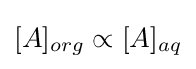
[A]_{org}\propto [A]_{aq}